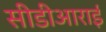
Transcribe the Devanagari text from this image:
सीडीआराई